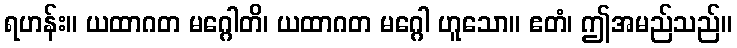
ရဟန်း။ ယထာဂတ မဂ္ဂေါတိ၊ ယထာဂတ မဂ္ဂေါ ဟူသော။ ဧတံ၊ ဤအမည်သည်။